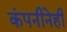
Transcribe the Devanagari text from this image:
कंपनीनेही